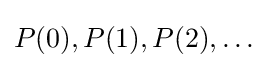
P(0),P(1),P(2),\dots